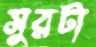
সুরটা